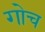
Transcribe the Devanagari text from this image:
गोच